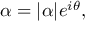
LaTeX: \alpha = | \alpha | e ^ { i \theta } ,